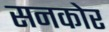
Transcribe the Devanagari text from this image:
सनकोर